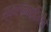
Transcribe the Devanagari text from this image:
स्खलनवाहिनीचे